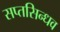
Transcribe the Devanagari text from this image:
सप्तसिन्धव